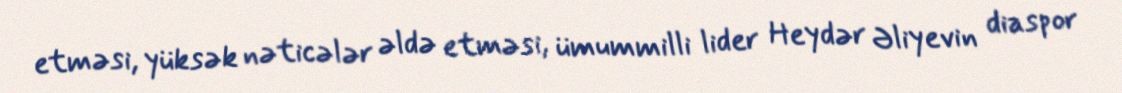
etməsi, yüksək nəticələr əldə etməsi, ümummilli lider Heydər Əliyevin diaspor